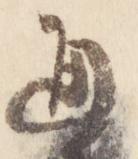
通